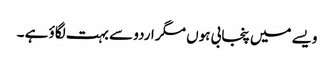
ویسے میں پنجابی ہوں مگر اردو سے بہت لگاؤ ہے ۔